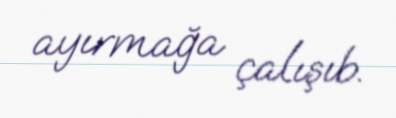
ayırmağa çalışıb.